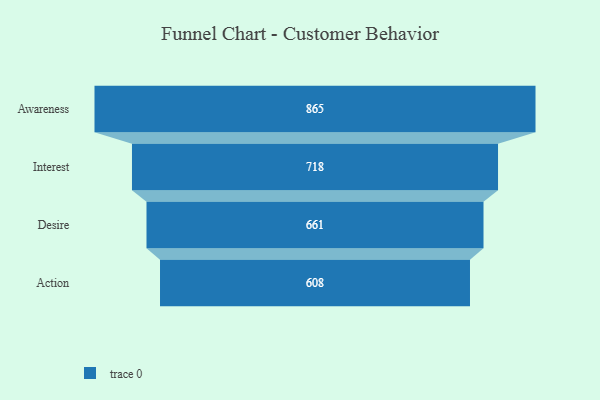
{"axis": {"x": "Stage", "y": "Value"}, "legend": [""], "data": [{"x": "Awareness", "y": 865.0, "type": ""}, {"x": "Interest", "y": 718.0, "type": ""}, {"x": "Desire", "y": 661.0, "type": ""}, {"x": "Action", "y": 608.0, "type": ""}]}